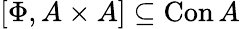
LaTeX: \left[\Phi,A\times A\right]\subseteq\operatorname{Con}A